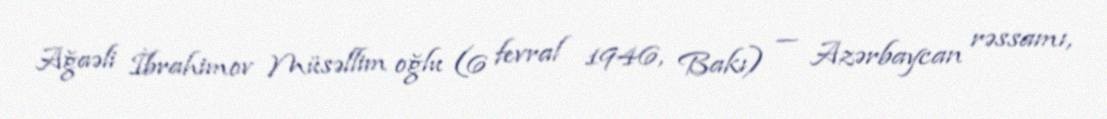
Ağaəli İbrahimov Müsəllim oğlu (6 fevral 1946, Bakı) — Azərbaycan rəssamı,